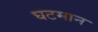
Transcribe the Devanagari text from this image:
घटमान